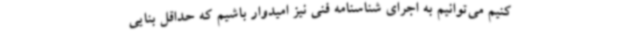
کنیم می‌توانیم به اجرای شناسنامه فنی نیز امیدوار باشیم که حداقل بنایی